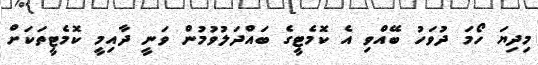
މިދިޔަ ހޯމަ ދުވަހު ބޭއްވި އެ ކޮމެޓީގެ ބައްދަލުވުމުން ވަނީ ދާއިމީ ކޮމެޓީތަކަށް